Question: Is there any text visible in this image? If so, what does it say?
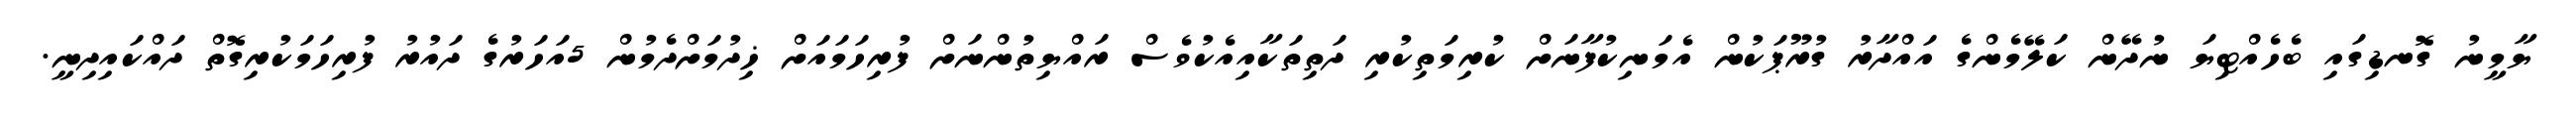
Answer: ޔާމީނު ގޮނޑިގައި ބެހެއްޓިޔަ ނުދޭން ކަލޭމެންގެ އައްދާރު ގުރޫޕަކުން އެމަނިކުފާނަށް ކުރިމަތިކުރި ދަތިތަކާއިއެކުވެސް ރައްޔިތުންނަށް ފުރިހަމައަށް ޚިދުމަށްދެމުން 5އަހަރުގެ ދައުރު ފުރިހަމަކުރިގޮތް ދައްކައިދިނީ.